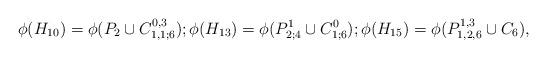
LaTeX: \begin{align*}\phi(H_{10}) = \phi(P_2 \cup C_{1,1;6}^{0,3}); \phi(H_{13}) = \phi(P_{2;4}^1 \cup C_{1;6}^0);\phi(H_{15}) = \phi(P_{1,2,6}^{1,3} \cup C_6),\end{align*}